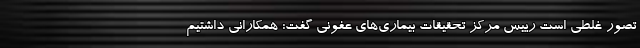
تصور غلطی است رییس مرکز تحقیقات بیماری‌های عفونی گفت: همکارانی داشتیم